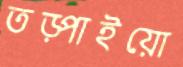
তড়্‌পাইয়ো